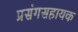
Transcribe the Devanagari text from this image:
प्रसंगसहायक